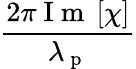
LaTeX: \frac{2\pi\mathrm{~I~m~}\left[\chi\right]}{\lambda_{\mathrm{~p~}}}